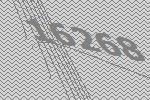
16268